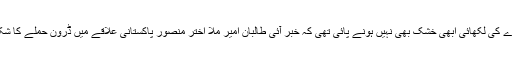
اس معاہدے کی لکھائی ابھی خشک بھی نہیں ہونے پائی تھی کہ خبر آئی طالبان امیر ملا اختر منصور پاکستانی علاقے میں ڈرون حملے کا شکار ہوئے۔